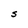
Character: S